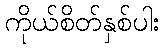
ကိုယ်စိတ်နှစ်ပါး